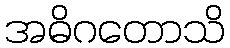
အဓိဂတောသိ